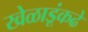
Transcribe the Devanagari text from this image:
खेळाडूंकढे